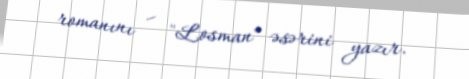
romanını – "Losman" əsərini yazır.